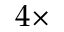
4 \times